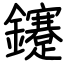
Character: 鑳